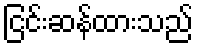
ငြင်းဆန်ထားသည်